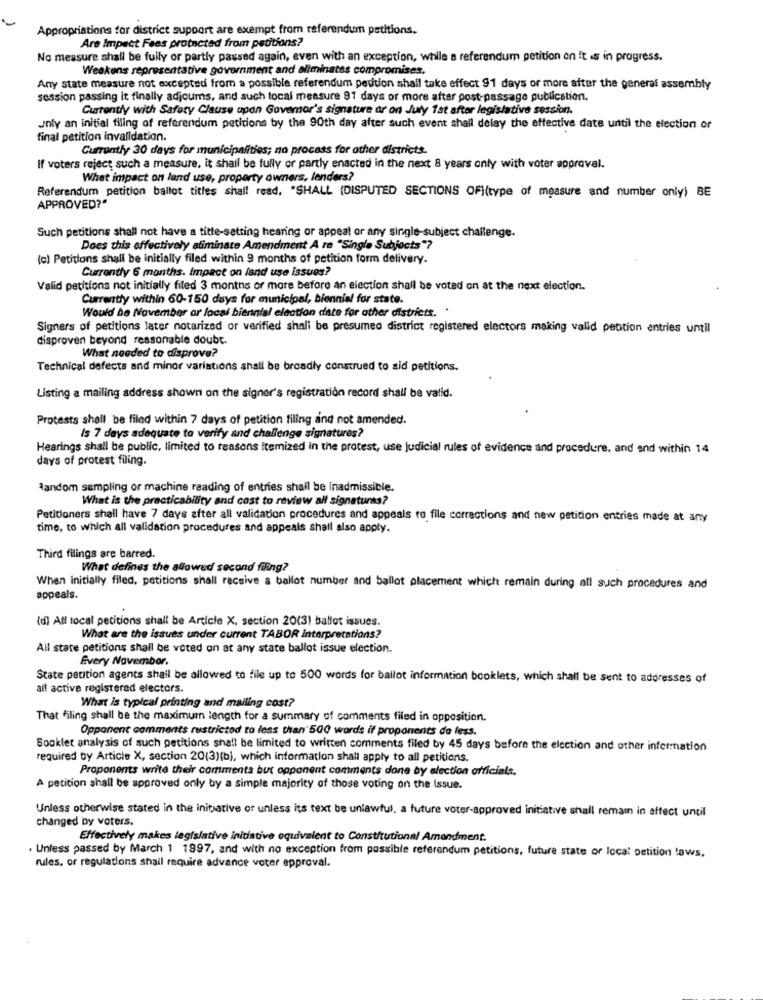
Appropriations for district support are exempt from referendum petitions.
Are Impact Fees protected from petitions?
No measure shall be fully or partly passed again, even with an exception, while a referendum petition on it .s in progress.
Weakens representative government and eliminates compromises.
Any state measure not excepted from a possible referendum petition shall take effect 91 days or more after the general assembly
session passing it finally adjoums, and such local measure 91 days or more after post-passage publication.
Currently with Safety Clause upon Govemor's signature or on July 1st after legislative session.
Joly an initial tiling of referendum petitions by the 90th day after such event shall delay the effective date until the election or
final petition invalidation.
Currently 30 days for municipalities; no procass for other districts.
If voters reject such a measure, it shall be fully or partly enacted in the next 8 years only with voter approval.
What impact on land use, property owners, lenders?
Referendum petition ballot titles shall read, "SHALL (DISPUTED SECTIONS OFi(type of measure and number only) BE
APPROVED?"
Such petitions shall not have a title-setting hearing or appeal or any single-subject challenge.
Does this effectively afiminate Amendment A re "Single Subjects"?
(c) Petitions shall be initially filed within 9 months of petition form delivery.
Currently 6 months. Impact on land use issues?
Valid petitions not initially filed 3 months or more before an election shall be voted on at the next election.
Currently within 60-150 days for municipal, biennial for state.
Would be November ar local biennial election date for ather districts. .
Signers of petitions later notarized or verified shall be presumed district registered electors making valid petition entries until
disproven beyond reasonable doubt.
What needed to disprove?
Technical defects and minor variations shall be broadly construed to aid petitions.
Listing a mailing address shown on the signer's registration record shall be valid.
Protests shall be filed within 7 days of petition filing and not amended.
Is 7 days adequate to verify and challenge signatures?
Hearings shall be public, limited to reasons Itemized in the protest, use judicial rules of evidence and procedure, and and within 14
days of protest filing.
Random sampling or machine reading of entries shall be inadmissible.
What is the practicability and cost to review all signaturas?
Petitioners shall have 7 days after all validation procedures and appeals to file corrections and new petition entries made at any
time, to which all validation procedures and appeals shall also apply.
Third filings are barred.
What defines the allowed second filing?
When initially filed, petitions shall receive a ballot number and ballot placement which remain during all such procedures and
appeals.
(d) Att local petitions shall be Article X, section 20(3) ballot issues.
What are the issues under current TABOR interpretations?
All state petitions shall be voted on at any state ballot issue election.
Every November.
State petition agents shall be allowed to file up to 500 words for ballot information booklets, which shall be sent to addresses of
all active registered electors.
What is typical printing and mailing cost?
That filing shall be the maximum length for a summary of comments filed in opposition.
Opponent comments restricted to less than 500 words if proponents do fess.
Booklet analysis of such petitions shall be limited to written comments filed by 45 days before the election and other information
required by Article X, section 20(3)(b), which information shall apply to all petitions.
Proponents write their commenta but opponent comments done by election officials.
A petition shall be approved only by a simple majority of those voting on the issue.
Unless otherwise stated in the initiative or unless its text be unlawful, a future voter-approved initiative shall remain in affect until
changed by voters.
Effectively makes legislative initiative equivalent to Constitutional Amendment.
. Unless passed by March 1 1997, and with no exception from possible referendum petitions, future state of local petition laws,
rules, or regulations shall require advance voter approval.